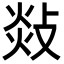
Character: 敥